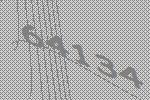
64134